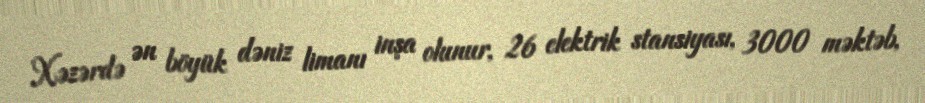
Xəzərdə ən böyük dəniz limanı inşa olunur, 26 elektrik stansiyası, 3000 məktəb,